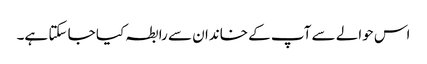
اس حوالے سے آپ کے خاندان سے رابطہ کیا جا سکتا ہے۔